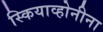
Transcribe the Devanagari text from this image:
स्कियाव्होनीना